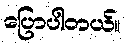
ပြောပါတယ်။